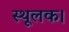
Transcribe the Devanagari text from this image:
स्थूलक।